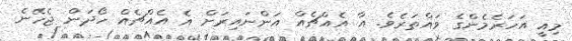
މިއީ އަހަރެމެންގެ ވައްތަރެވެ. އާ އެއްޗެއް އަންނައިރަށް އެ އެއްޗެއް ހޯދަން ޖެހޭނެ